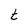
Character: t